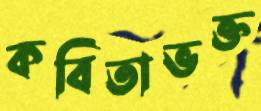
কবিতাভক্ত